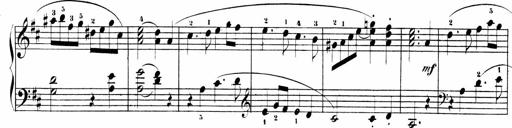
Title: Sonatinen Op.47, 98 und 136, nebst 6 Liedersonatinen
Composer: Carl Reinecke